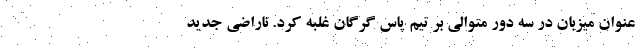
عنوان میزبان در سه دور متوالی بر تیم پاس گرگان غلبه کرد. ناراضی جدید